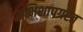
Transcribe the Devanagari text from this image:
अभिशापग्रस्त